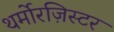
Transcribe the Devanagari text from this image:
थर्मोरज़िस्टर